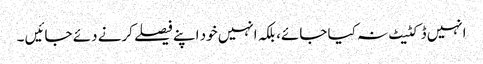
انہیں ڈکٹیٹ نہ کیا جائے، بلکہ انہیں خود اپنے فیصلے کرنے دئے جائیں ۔